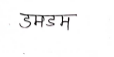
मजकूर: डमडम